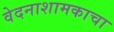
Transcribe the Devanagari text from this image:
वेदनाशामकाचा